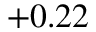
+ 0 . 2 2